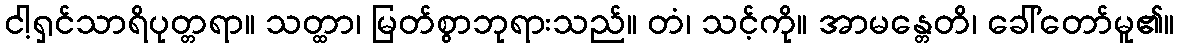
ငါ့ရှင်သာရိပုတ္တရာ။ သတ္ထာ၊ မြတ်စွာဘုရားသည်။ တံ၊ သင့်ကို။ အာမန္တေတိ၊ ခေါ်တော်မူ၏။